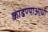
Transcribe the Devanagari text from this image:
काढण्याआधी